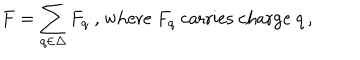
F = \sum _ { q \in \Delta } F _ { q } \mathrm { ~ , ~ w h e r e ~ } F _ { q } \mathrm { ~ c a r r i e s ~ c h a r g e ~ } q \, ,